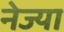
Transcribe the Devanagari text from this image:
नेज्या